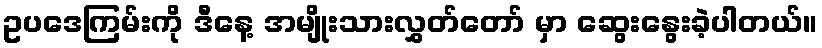
ဥပဒေကြမ်းကို ဒီနေ့ အမျိုးသားလွှတ်တော် မှာ ဆွေးနွေးခဲ့ပါတယ်။